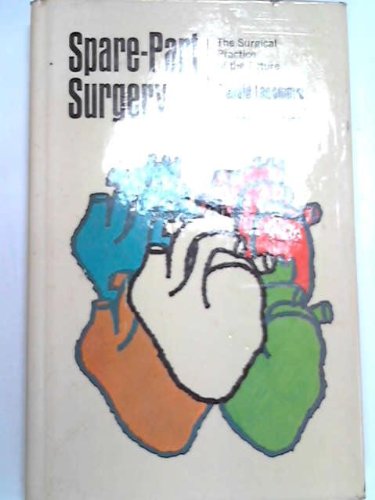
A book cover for Spare-Part Surgery: The Surgical Practice of the Future.; Donald. Longmore; Health, Fitness & Dieting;